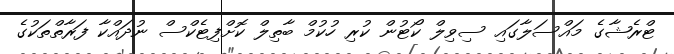
ޓްރެޝާގެ މައްސަލާގައި ސިވިލް ކޯޓުން ކުރި ހުކުމް ބާތިލް ކޮށްފިޓެކްސް ނުދައްކާ ފަރާތްތަކުގެ